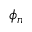
\phi _ { n }